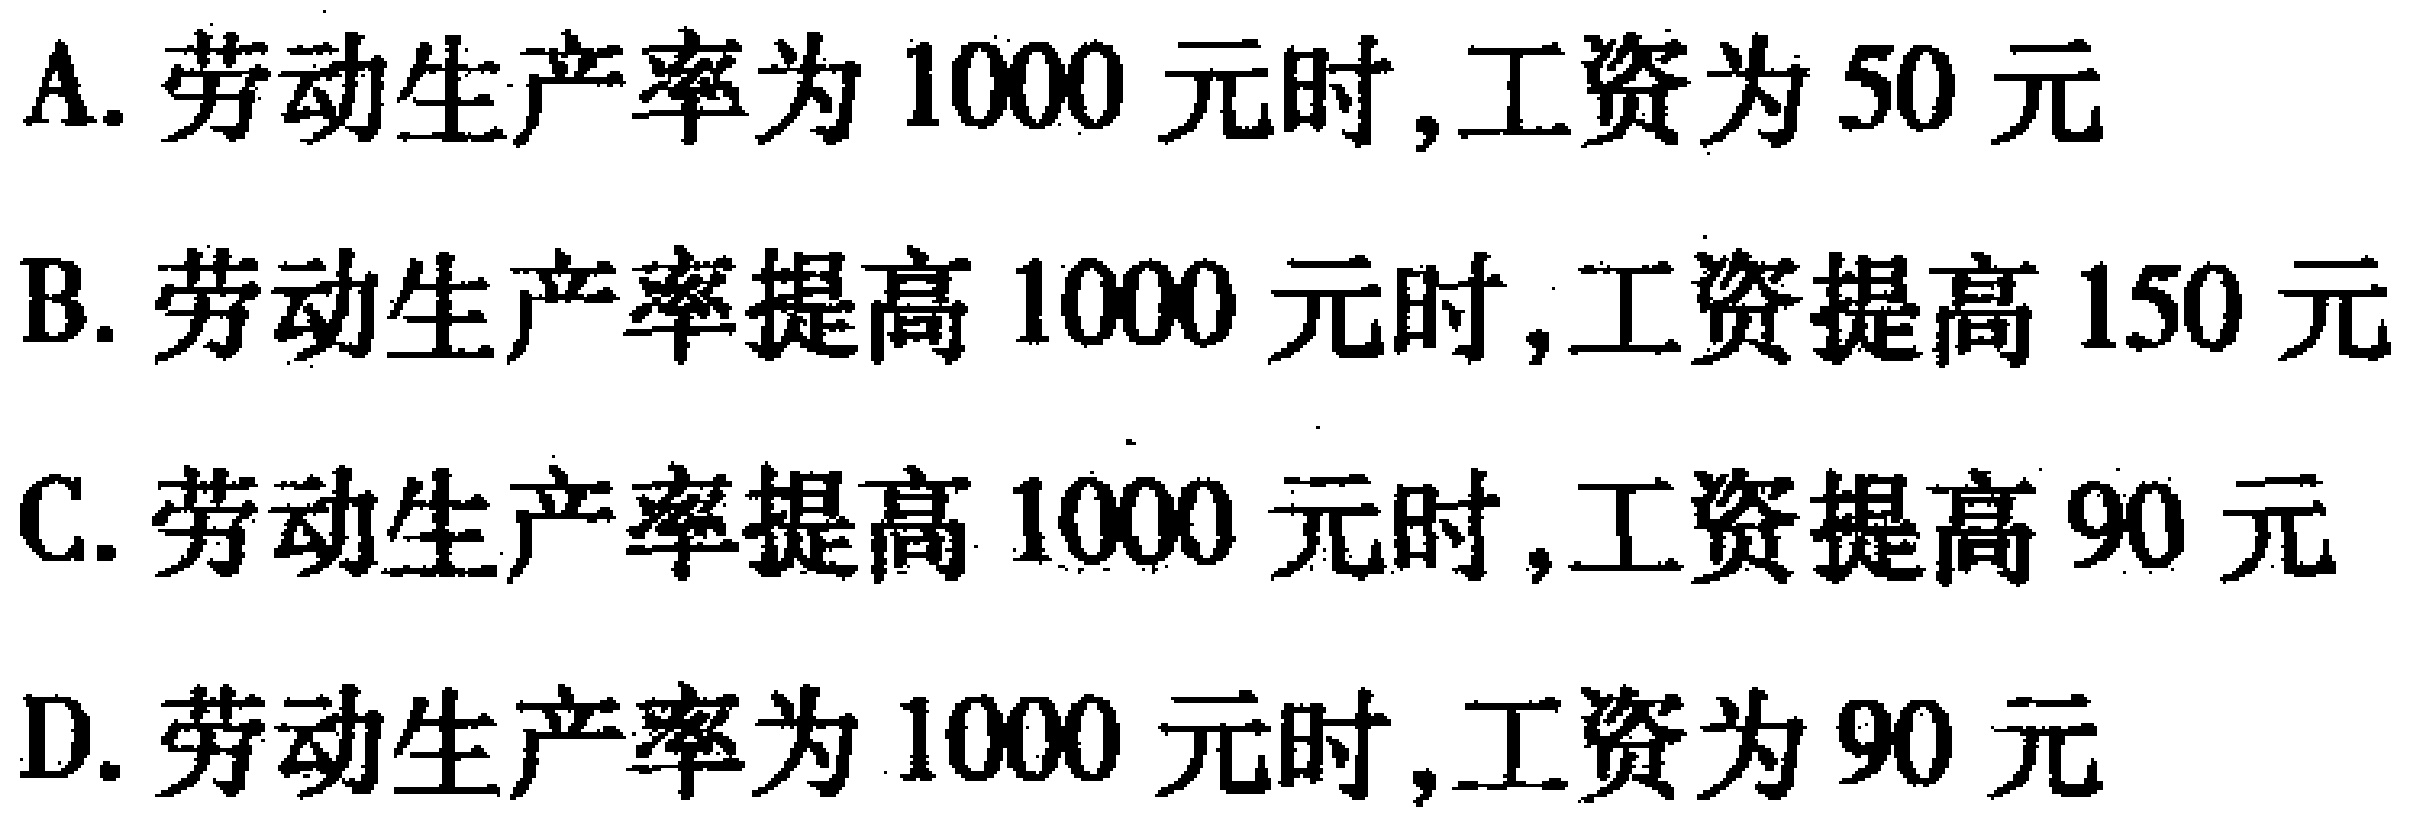
A. 劳动生产率为$1000$元时,工资为$50$元

B. 劳动生产率提高$1000$元时,工资提高$150$元

C. 劳动生产率提高$1000$元时,工资提高$90$元

D. 劳动生产率为$1000$元时,工资为$90$元